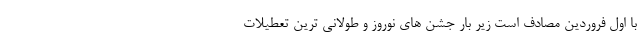
با اول فروردین مصادف است زیر بار جشن های نوروز و طولانی ترین تعطیلات